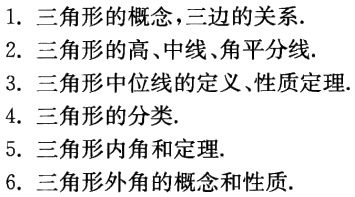
1. 三角形的概念，三边的关系.
2. 三角形的高、中线、角平分线.
3. 三角形中位线的定义、性质定理.
4. 三角形的分类.
5. 三角形内角和定理.
6. 三角形外角的概念和性质.